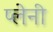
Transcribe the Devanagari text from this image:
प्लेनी